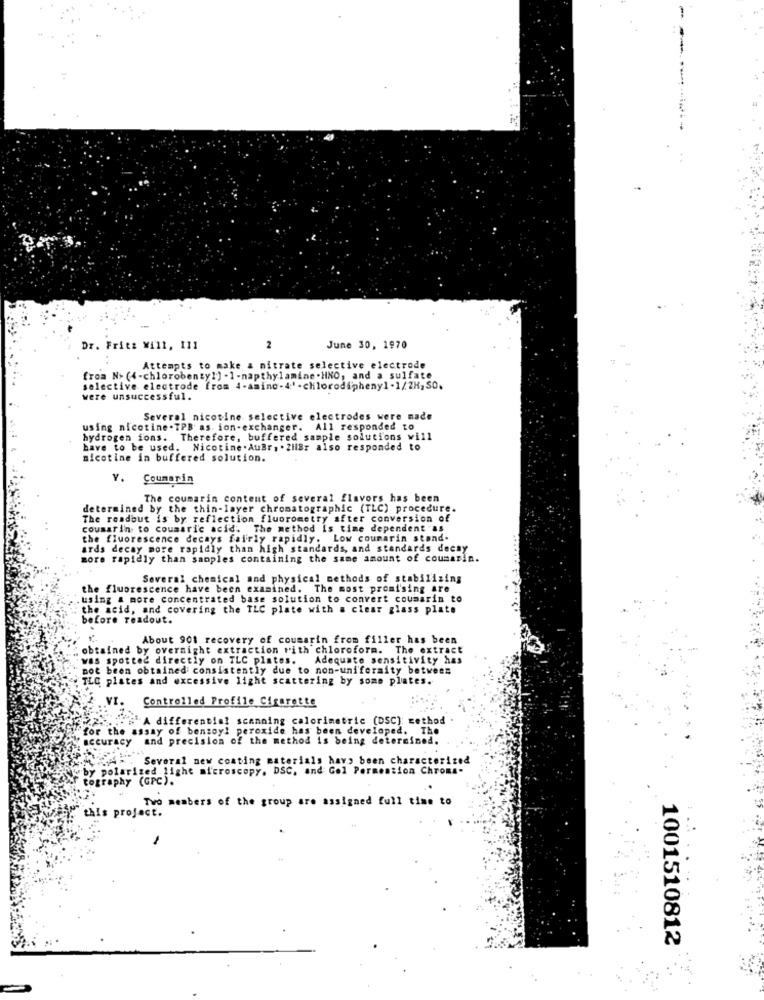
Dr. Fritt Will, 111
2
June 30, 1970
Attempts to make a nitrate selective electrode
from No (4-chlorobenzyl] - 1-napthylamine . HNO, and a sulfate
selective electrode from 4-amino-4' -chlorodiphenyl-1/2H,SO.
were unsuccessful.
Several nicotine selective electrodes were made
using nicotine-TPB as ion-exchanger. All responded to
hydrogen ions. Therefore, buffered sample solutions will
have to be used. Nicotine . AuBr, . ZilBr also responded to
nicotine in buffered solution.
Y. Coumarin
The coumarin content of several flavors has been
determined by the thin-layer chromatographic (TLC) procedure.
The roadbut is by reflection fluorometry after conversion of
coumarin to coumaric acid. The method is time dependent as
the fluorescence decays fairly rapidly. Low coumarin stand-
ards decay more rapidly than high standards, and standards decay
more rapidly than samples containing the same amount of coumarin.
Several chemical and physical methods of stabilizing
the fluorescence have been examined. The most promising are
using & more concentrated base solution to convert coumarin to
the acid, and covering the TLC plate with a clear glass plate
before readout.
About 901 recovery of coumarin from filler has been
obtained by overnight extraction rith chloroform. The extract
was spotted directly on TLC plates.
Adequate sensitivity has
not been obtained consistently due to non-uniformity between
TLC plates and excessive light scattering by some plates.
VI.
Controlled Profile Cigarette
A differential scanning calorimetric (DSC): method
for the assay of benzoyl peroxide has been developed. The
"accuracy and precision of the method is being determined.
" Several new coating materials have been characterized
by polarized light microscopy. DSC, and Gol Permeation Chroma-
tography (GPC).
Two members of the group are assigned full time to
.this project.
1001510812